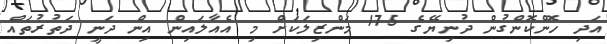
އަދި ހޮންކޮންގުން ދުނިޔޭގެ 175 މަންޒިލަކަށް މި އެއާލައިން އިން ދަނީ ދަތުރުތައް